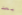
بعد